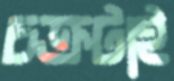
চক্রটাই